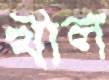
খীল